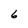
Character: 6